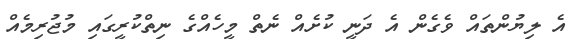
އެ ލިޔުންތައް ވެގެން އެ ދަނީ ކުށެއް ނެތް މީހެއްގެ ނިތްކުރީގައި މުޖުރިމެއް